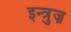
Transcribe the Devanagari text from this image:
इन्त्रुज़